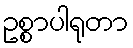
ဥစ္စာပါရုတာ